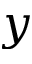
y